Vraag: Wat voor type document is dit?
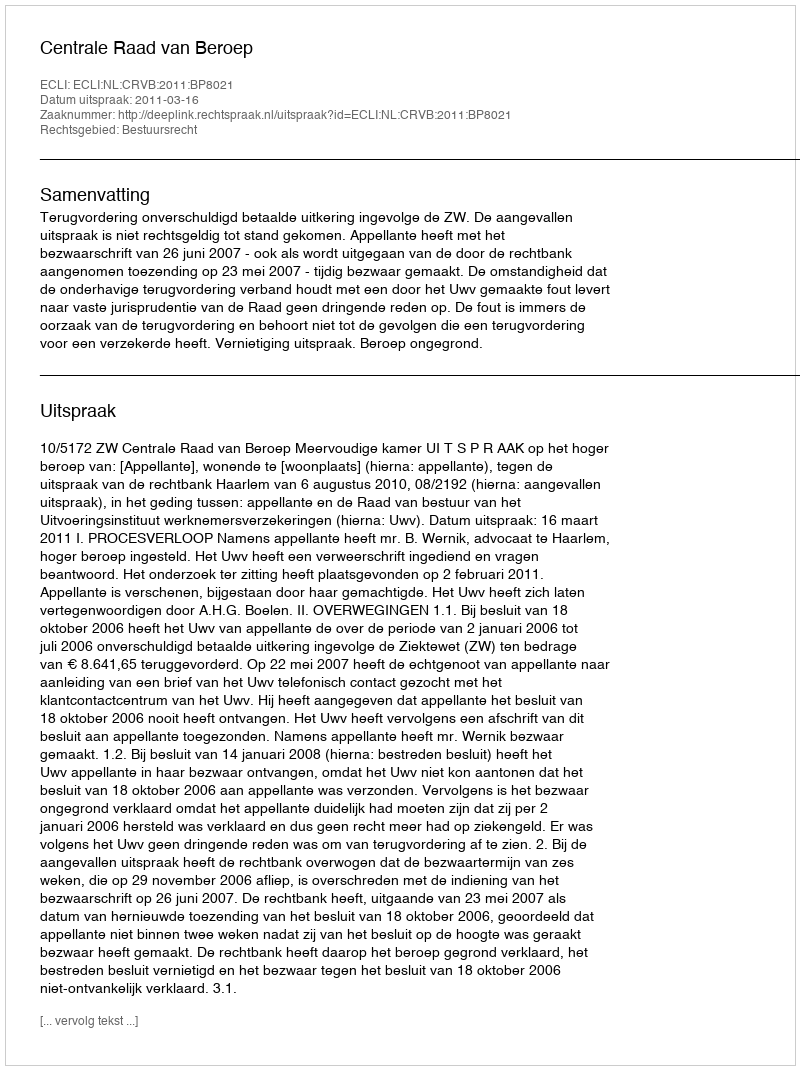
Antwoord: Uitspraak